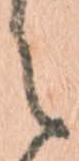
之